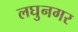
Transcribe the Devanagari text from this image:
लघुनगर